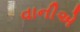
વાનીએ